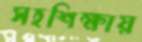
সহশিক্ষায়